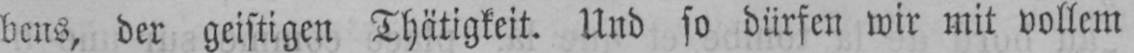
bens, der geistigen Thätigkeit. Und so dürfen wir mit vollem